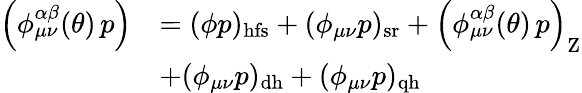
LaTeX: \begin{array}{rl}{\left(\phi_{\mu\nu}^{\alpha\beta}(\theta)\, p\right)}&{=(\phi p)_{\mathrm{hfs}}+(\phi_{\mu\nu}p)_{\mathrm{sr}}+\left(\phi_{\mu\nu}^{\alpha\beta}(\theta)\, p\right)_{\mathrm{Z}}}\\ &{+(\phi_{\mu\nu}p)_{\mathrm{dh}}+(\phi_{\mu\nu}p)_{\mathrm{qh}}}\end{array}